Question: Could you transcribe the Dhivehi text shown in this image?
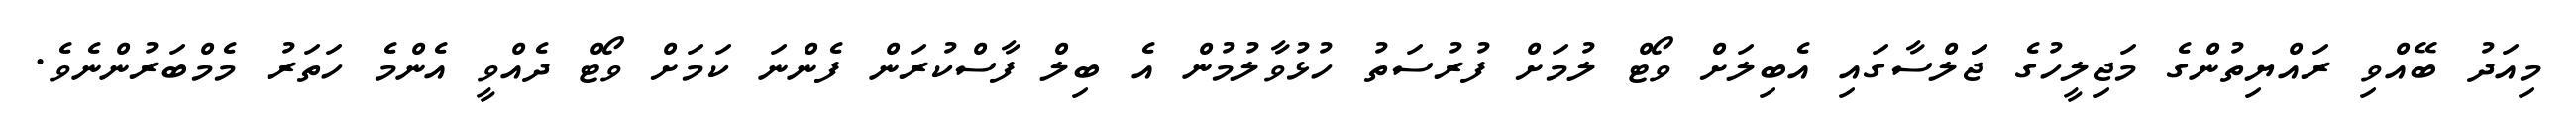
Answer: މިއަދު ބޭއްވި ރައްޔިތުންގެ މަޖިލީހުގެ ޖަަލްސާގައި އެބިލަށް ވޯޓް ލުމަށް ފުރުސަތު ހުޅުވާލުމުން އެ ބިލް ފާސްކުރަން ފެންނަ ކަމަށް ވޯޓް ދެއްވީ އެންމެ ހަތަރު މެމްބަރުންނެވެ.